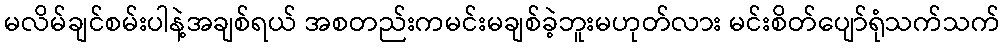
မလိမ်ချင်စမ်းပါနဲ့အချစ်ရယ် အစတည်းကမင်းမချစ်ခဲ့ဘူးမဟုတ်လား မင်းစိတ်ပျော်ရုံသက်သက်